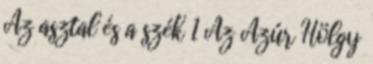
Az asztal és a szék 1 Az Azúr Hölgy